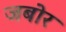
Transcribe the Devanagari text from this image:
जबोर